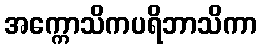
အက္ကောသိကပရိဘာသိကာ